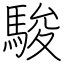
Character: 駿